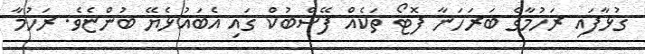
ގުޅާފައި ރަހުމާގެ ބަރަހަނާ ފޮޓޯ ތަކެއް ފޭސްބުކް ގައި އެބައުޅެޔޭ ބުންޏެވެ. ރަހުމާ